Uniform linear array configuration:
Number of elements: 8
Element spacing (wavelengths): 0.25
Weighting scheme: uniform
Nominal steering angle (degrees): -45
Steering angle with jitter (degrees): -46.832
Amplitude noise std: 0.05
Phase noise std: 0.05

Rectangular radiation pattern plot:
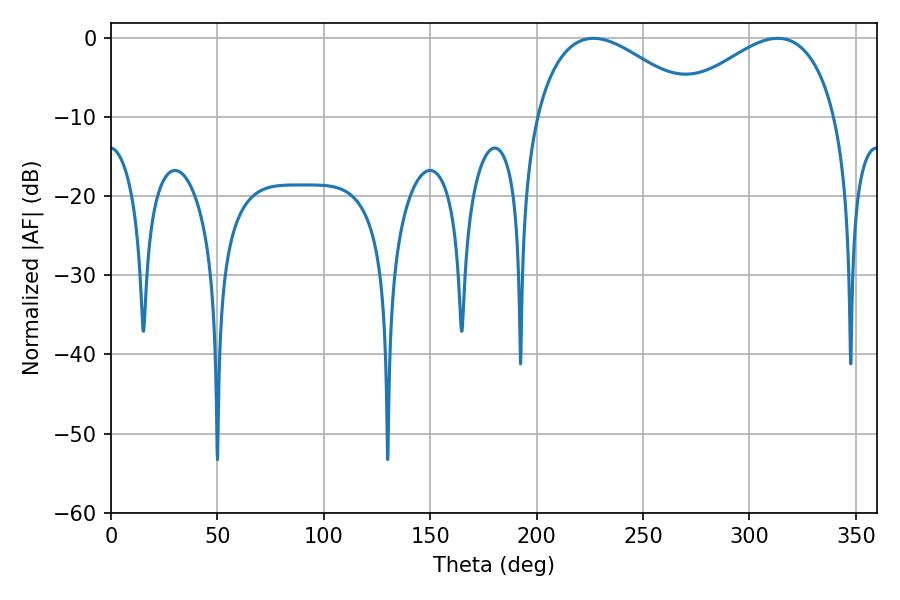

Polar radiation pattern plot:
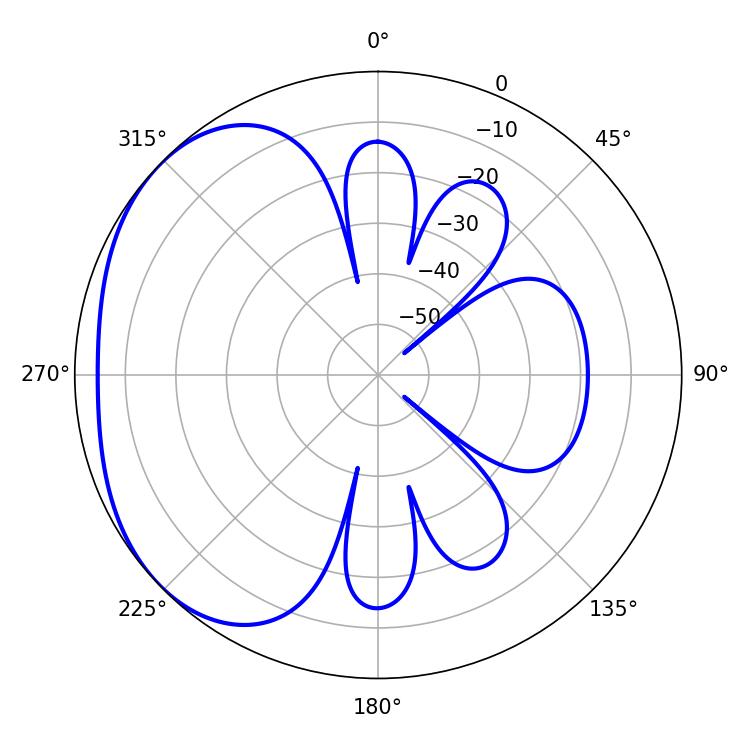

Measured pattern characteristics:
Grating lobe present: FALSE
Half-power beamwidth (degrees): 42.12
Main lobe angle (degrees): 226.62